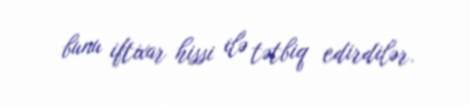
bunu iftixar hissi ilə tətbiq edirdilər.